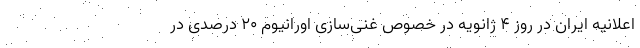
اعلانیه ایران در روز ۴ ژانویه در خصوص غنی‌سازی اورانیوم ۲۰ درصدی در